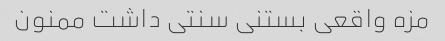
مزه واقعی بستنی سنتی داشت ممنون